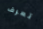
تعرف